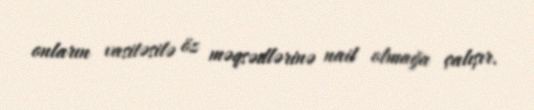
onların vasitəsilə öz məqsədlərinə nail olmağa çalışır.